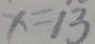
x = 1 3